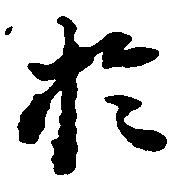
於